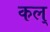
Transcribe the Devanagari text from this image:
कल्